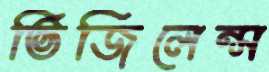
ভিজিলেন্স